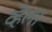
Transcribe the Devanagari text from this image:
व्हेला